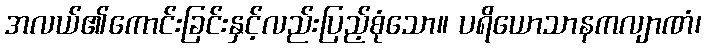
အလယ်၏ကောင်းခြင်းနှင့်လည်းပြည့်စုံသော။ ပရိယောသာနကလျာဏံ၊